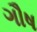
ગૌષ